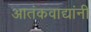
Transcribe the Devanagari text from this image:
आतंकवाद्यांनी